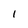
Character: i